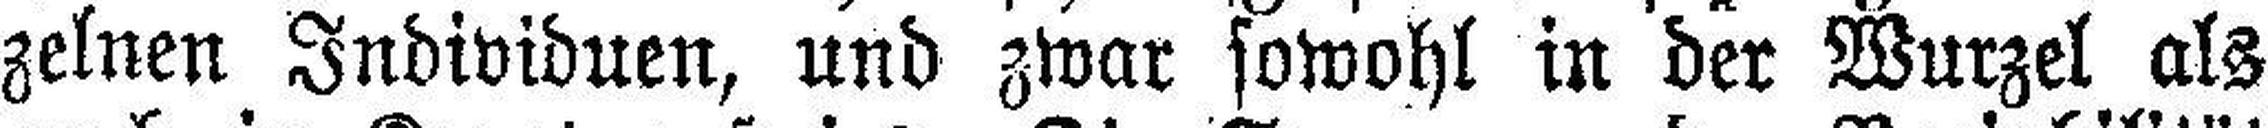
zelnen Individuen, und zwar sowohl in der Wurzel als